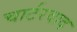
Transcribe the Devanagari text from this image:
चार्टरवाद